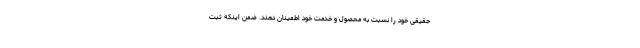
حقیقی خود را نسبت به محصول و خدمت خود اطمینان دهند. ضمن اینکه ثبت